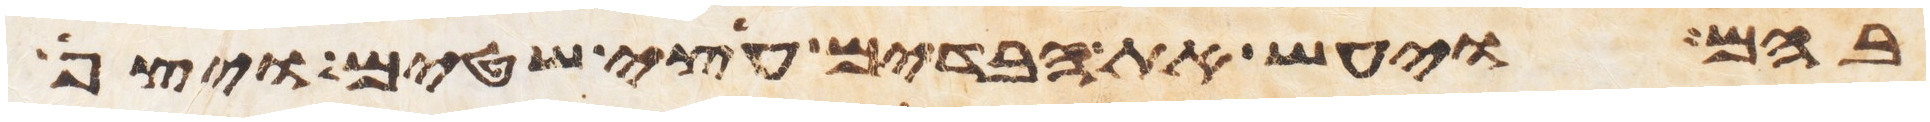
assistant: בהם ויעש את הבדים עצי שטים ויצף